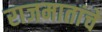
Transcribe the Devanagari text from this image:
राजमातांचे